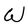
Character: W